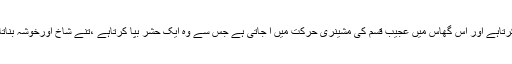
پھر عجیب وغریب تیزی کے ساتھ زمین کے موادِ غذائی سے مدد حاصل کرتاہے اور اس گھاس میں عجیب قسم کی مشینری حرکت میں ا جاتی ہے جس سے وہ ایک حشر بپا کرتاہے ،تنے شاخ اورخوشہ بناتاہے اورکبھی تو ایک بیج میں سے کئی سو یاکئی ہزار دانے نکلتے ہیں(٢) ۔